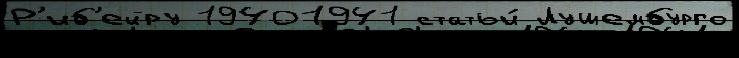
Р'иб'ейру 19401941 статьи́ Лушембурго